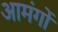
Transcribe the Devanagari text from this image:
आमंगों